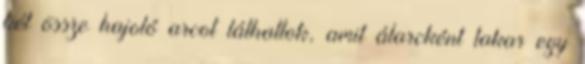
két össze hajoló arcot láthattok, amit álarcként takar egy